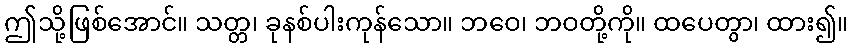
ဤသို့ဖြစ်အောင်။ သတ္တ၊ ခုနစ်ပါးကုန်သော။ ဘဝေ၊ ဘဝတို့ကို။ ထပေတွာ၊ ထား၍။